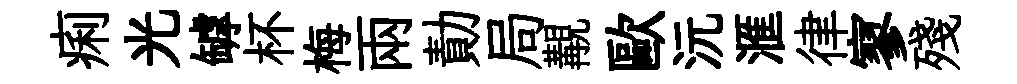
痢光罅杯梅兩勣局覯歐沅滙律寥殘